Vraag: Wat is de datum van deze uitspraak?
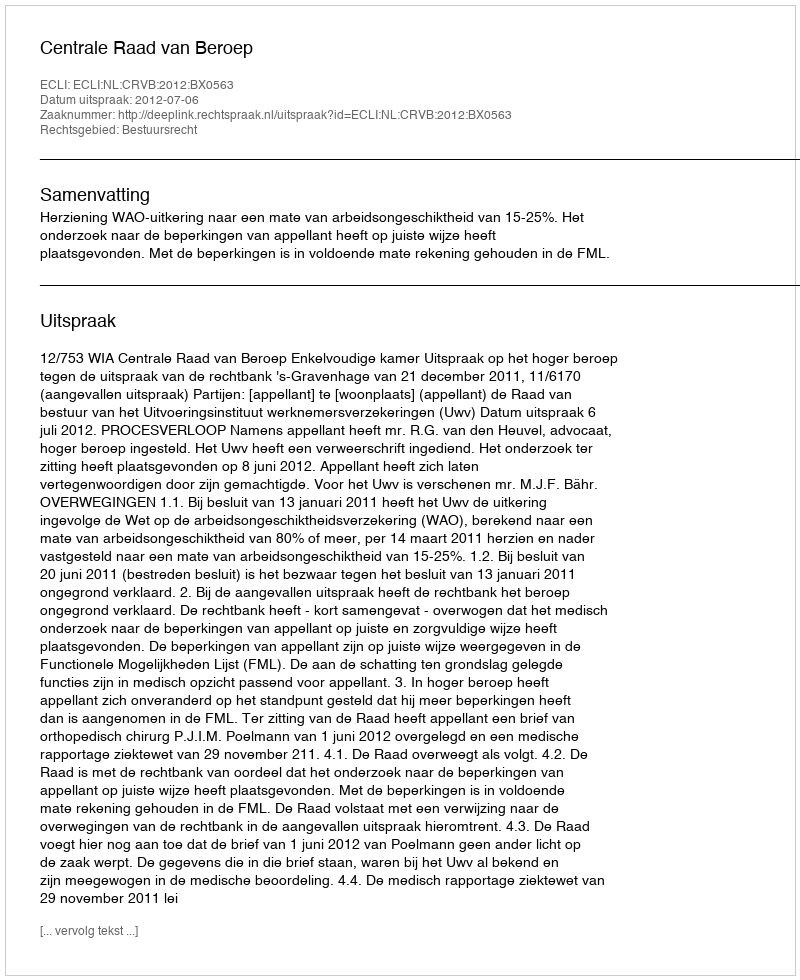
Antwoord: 2012-07-06